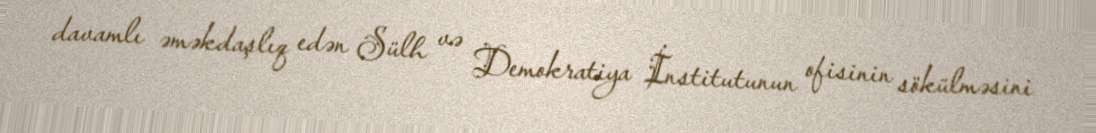
davamlı əməkdaşlıq edən Sülh və Demokratiya İnstitutunun ofisinin sökülməsini